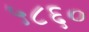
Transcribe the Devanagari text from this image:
५८६०